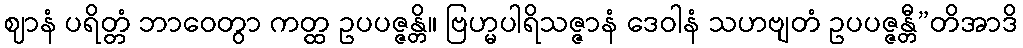
ဈာနံ ပရိတ္တံ ဘာဝေတွာ ကတ္ထ ဥပပဇ္ဇန္တိ။ ဗြဟ္မပါရိသဇ္ဇာနံ ဒေဝါနံ သဟဗျတံ ဥပပဇ္ဇန္တီ”တိအာဒိ